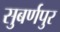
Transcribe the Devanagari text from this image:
सुबर्णपुर